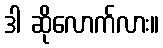
ဒါ ဆိုလောက်လား။